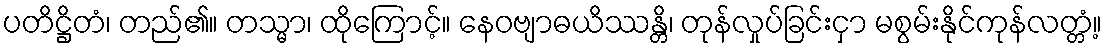
ပတိဋ္ဌိတံ၊ တည်၏။ တသ္မာ၊ ထိုကြောင့်။ နေဝဗျာဓယိဿန္တိ၊ တုန်လှုပ်ခြင်းငှာ မစွမ်းနိုင်ကုန်လတ္တံ့။